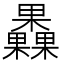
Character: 𣡗